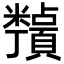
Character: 𬗀